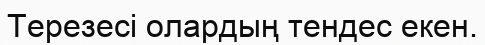
Терезесі олардың тендес екен.